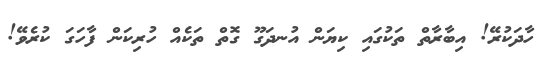
ހާދަކުރޭ! އިބާރާތް ތަކުގައި ކިޔަން އުނދަގޫ ގޮތް ތަކެއް ހުރިކަން ފާހަގަ ކުރެވޭ!